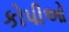
કોપીઓ